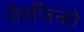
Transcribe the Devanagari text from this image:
जैरजिन्हो